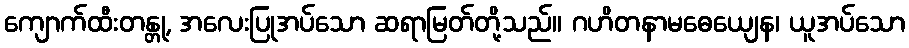
ကျောက်ထီးတန္တု, အလေးပြုအပ်သော ဆရာမြတ်တို့သည်။ ဂဟိတနာမဓေယျေန၊ ယူအပ်သော